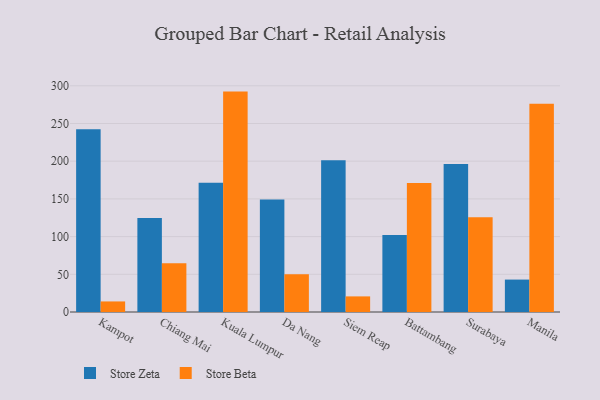
{"axis": {"x": "City", "y": "Market Share (%)"}, "legend": ["Store Beta", "Store Zeta"], "data": [{"x": "Kampot", "y": 242.4, "type": "Store Zeta"}, {"x": "Kampot", "y": 14.0, "type": "Store Beta"}, {"x": "Chiang Mai", "y": 124.8, "type": "Store Zeta"}, {"x": "Chiang Mai", "y": 64.7, "type": "Store Beta"}, {"x": "Kuala Lumpur", "y": 171.4, "type": "Store Zeta"}, {"x": "Kuala Lumpur", "y": 292.3, "type": "Store Beta"}, {"x": "Da Nang", "y": 149.2, "type": "Store Zeta"}, {"x": "Da Nang", "y": 49.9, "type": "Store Beta"}, {"x": "Siem Reap", "y": 201.3, "type": "Store Zeta"}, {"x": "Siem Reap", "y": 20.7, "type": "Store Beta"}, {"x": "Battambang", "y": 102.0, "type": "Store Zeta"}, {"x": "Battambang", "y": 171.2, "type": "Store Beta"}, {"x": "Surabaya", "y": 196.3, "type": "Store Zeta"}, {"x": "Surabaya", "y": 125.6, "type": "Store Beta"}, {"x": "Manila", "y": 43.0, "type": "Store Zeta"}, {"x": "Manila", "y": 276.1, "type": "Store Beta"}]}